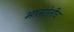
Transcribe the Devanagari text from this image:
भातशेतीच